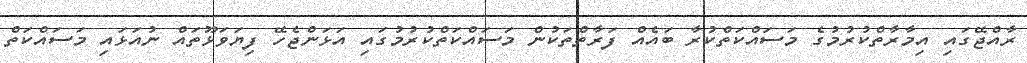
ރާއްޖޭގައި އިމާރާތްކުރުމުގެ މަސައްކަތްކުރާ ބައެއް ފަރާތްތަކުން މަސައްކަތްކުރުމުގައި އަޅަންޖެހޭ ފިޔަވަޅޫތައް ނުއަޅައި މަސައްކަތް